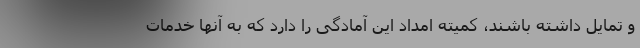
و تمایل داشته باشند، کمیته امداد این آمادگی را دارد که به آنها خدمات